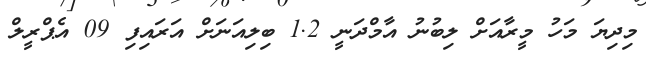
މިދިޔަ މަހު މީރާއަށް ލިބުނު އާމްދަނީ 1.2 ބިލިއަނަށް އަރައިފި 09 އެޕްރީލް